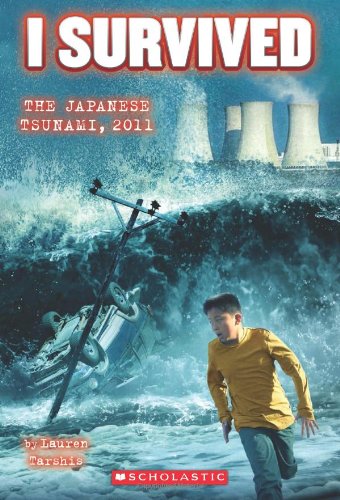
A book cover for I Survived #8: I Survived the Japanese Tsunami, 2011; Lauren Tarshis; Children's Books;